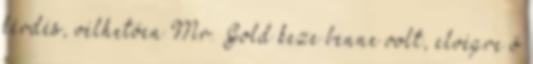
kérdés, vélhetően Mr. Gold keze benne volt, elvégre ő